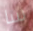
سا